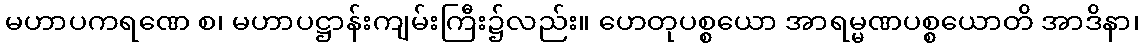
မဟာပကရဏေ စ၊ မဟာပဋ္ဌာန်းကျမ်းကြီး၌လည်း။ ဟေတုပစ္စယော အာရမ္မဏပစ္စယောတိ အာဒိနာ၊